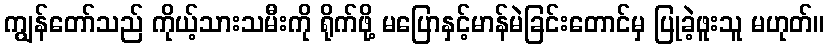
ကျွန်တော်သည် ကိုယ့်သားသမီးကို ရိုက်ဖို့ မပြောနှင့်မာန်မဲခြင်းတောင်မှ ပြုခဲ့ဖူးသူ မဟုတ်။